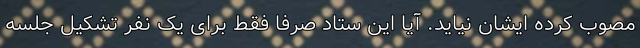
مصوب کرده ایشان نیاید. آیا این ستاد صرفا فقط برای یک نفر تشکیل جلسه